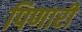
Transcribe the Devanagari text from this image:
पिणारी